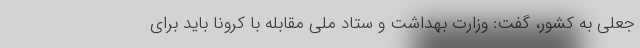
جعلی به کشور، گفت: وزارت بهداشت و ستاد ملی مقابله با کرونا باید برای